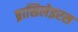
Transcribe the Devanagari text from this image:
ब्रासिलेइरस